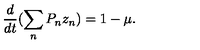
\frac { d } { d t } ( \sum _ { n } P _ { n } z _ { n } ) = 1 - \mu .